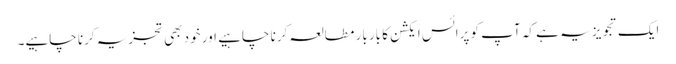
ایک تجویز یہ ہے کہ آپ کو پرائس ایکشن کا بار بار مطالعہ کرنا چاہیے اور خود بھی تجزیہ کرنا چاہیے۔